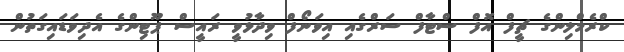
ކްރެމްލިންގެ ޗީފް އޮފް ސްޓާފް ސަރްގެއި އިވަނޯފް ވިދާޅުވީ ރައީސް ޕޫޓިންގެ އެދިވަޑައިގަތުން